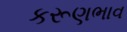
કરૂણભાવ